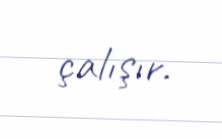
çalışır.